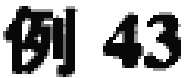
例 43